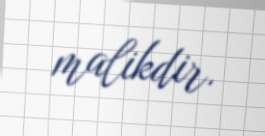
malikdir.